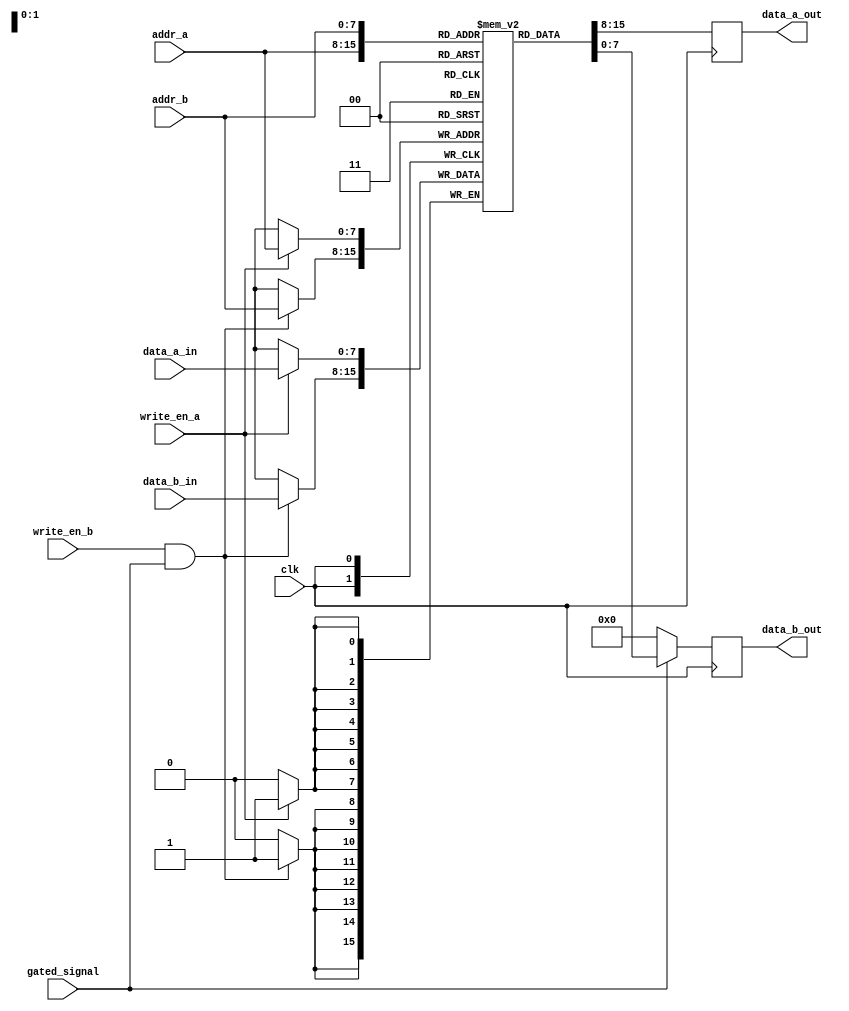
module dual_port_ram(
    input wire clk,
    input wire [7:0] addr_a,
    input wire [7:0] addr_b,
    input wire [7:0] data_a_in,
    input wire [7:0] data_b_in,
    input wire write_en_a,
    input wire write_en_b,
    input wire gated_signal,
    output reg [7:0] data_a_out,
    output reg [7:0] data_b_out
);

reg [7:0] memory [0:255]; // assuming 256 memory cells

always @(posedge clk) begin
    if(write_en_a)
        memory[addr_a] <= data_a_in;
    
    if(write_en_b && gated_signal)
        memory[addr_b] <= data_b_in;
    
    data_a_out <= memory[addr_a];
    data_b_out <= gated_signal ? memory[addr_b] : 8'h00; // assuming 8-bit memory cells
end

endmodule